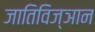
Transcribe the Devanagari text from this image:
जातिविज्ञान